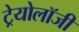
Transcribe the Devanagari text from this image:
ट्रेयोलॉजी